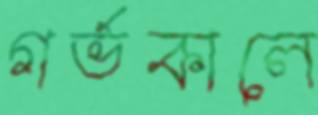
গর্ভকালে